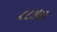
૮૮૭૫૨